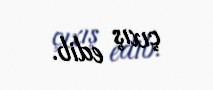
çıxış edib.